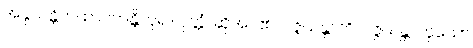
အနုယန္တိတထာဂတန္တိဟူ၍။ ဝုတ္တံ၊ ဆိုအပ်၏။ ဝဇ္ဇယန္တာတိ၊ ဝဇ္ဇယန္တာဟူသော